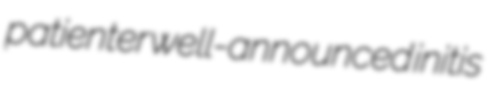
patienter well-announced initis